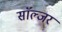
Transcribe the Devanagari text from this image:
साॅल्जर